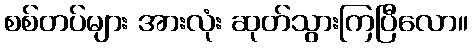
စစ်တပ်များ အားလုံး ဆုတ်သွားကြပြီလော။